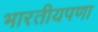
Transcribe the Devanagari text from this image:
भारतीयपणा